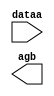
// megafunction wizard: %LPM_COMPARE%VBB%
// GENERATION: STANDARD
// VERSION: WM1.0
// MODULE: LPM_COMPARE 

// ============================================================
// Megafunction Name(s):
// 			LPM_COMPARE
//
// Simulation Library Files(s):
// 			lpm
// ============================================================
// ************************************************************
// THIS IS A WIZARD-GENERATED FILE. DO NOT EDIT THIS FILE!
//
// 18.1.0 Build 625 09/12/2018 SJ Lite Edition
// ************************************************************

//Copyright (C) 2018  Intel Corporation. All rights reserved.
//Your use of Intel Corporation's design tools, logic functions 
//and other software and tools, and its AMPP partner logic 
//functions, and any output files from any of the foregoing 
//(including device programming or simulation files), and any 
//associated documentation or information are expressly subject 
//to the terms and conditions of the Intel Program License 
//Subscription Agreement, the Intel Quartus Prime License Agreement,
//the Intel FPGA IP License Agreement, or other applicable license
//agreement, including, without limitation, that your use is for
//the sole purpose of programming logic devices manufactured by
//Intel and sold by Intel or its authorized distributors.  Please
//refer to the applicable agreement for further details.

module comp0 (
	dataa,
	agb);

	input	[7:0]  dataa;
	output	  agb;

endmodule

// ============================================================
// CNX file retrieval info
// ============================================================
// Retrieval info: PRIVATE: AeqB NUMERIC "0"
// Retrieval info: PRIVATE: AgeB NUMERIC "0"
// Retrieval info: PRIVATE: AgtB NUMERIC "1"
// Retrieval info: PRIVATE: AleB NUMERIC "0"
// Retrieval info: PRIVATE: AltB NUMERIC "0"
// Retrieval info: PRIVATE: AneB NUMERIC "0"
// Retrieval info: PRIVATE: INTENDED_DEVICE_FAMILY STRING "Cyclone V"
// Retrieval info: PRIVATE: LPM_PIPELINE NUMERIC "0"
// Retrieval info: PRIVATE: Latency NUMERIC "0"
// Retrieval info: PRIVATE: PortBValue NUMERIC "0"
// Retrieval info: PRIVATE: Radix NUMERIC "10"
// Retrieval info: PRIVATE: SYNTH_WRAPPER_GEN_POSTFIX STRING "0"
// Retrieval info: PRIVATE: SignedCompare NUMERIC "0"
// Retrieval info: PRIVATE: aclr NUMERIC "0"
// Retrieval info: PRIVATE: clken NUMERIC "0"
// Retrieval info: PRIVATE: isPortBConstant NUMERIC "1"
// Retrieval info: PRIVATE: nBit NUMERIC "8"
// Retrieval info: PRIVATE: new_diagram STRING "1"
// Retrieval info: LIBRARY: lpm lpm.lpm_components.all
// Retrieval info: CONSTANT: LPM_HINT STRING "ONE_INPUT_IS_CONSTANT=YES"
// Retrieval info: CONSTANT: LPM_REPRESENTATION STRING "UNSIGNED"
// Retrieval info: CONSTANT: LPM_TYPE STRING "LPM_COMPARE"
// Retrieval info: CONSTANT: LPM_WIDTH NUMERIC "8"
// Retrieval info: USED_PORT: agb 0 0 0 0 OUTPUT NODEFVAL "agb"
// Retrieval info: USED_PORT: dataa 0 0 8 0 INPUT NODEFVAL "dataa[7..0]"
// Retrieval info: CONNECT: @dataa 0 0 8 0 dataa 0 0 8 0
// Retrieval info: CONNECT: @datab 0 0 8 0 0 0 0 8 0
// Retrieval info: CONNECT: agb 0 0 0 0 @agb 0 0 0 0
// Retrieval info: GEN_FILE: TYPE_NORMAL comp0.v TRUE
// Retrieval info: GEN_FILE: TYPE_NORMAL comp0.inc TRUE
// Retrieval info: GEN_FILE: TYPE_NORMAL comp0.cmp TRUE
// Retrieval info: GEN_FILE: TYPE_NORMAL comp0.bsf TRUE
// Retrieval info: GEN_FILE: TYPE_NORMAL comp0_inst.v TRUE
// Retrieval info: GEN_FILE: TYPE_NORMAL comp0_bb.v TRUE
// Retrieval info: LIB_FILE: lpm